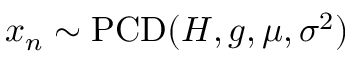
x _ { n } \sim \operatorname { P C D } ( H , g , \mu , \sigma ^ { 2 } )